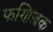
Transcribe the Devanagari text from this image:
फणिज्जक